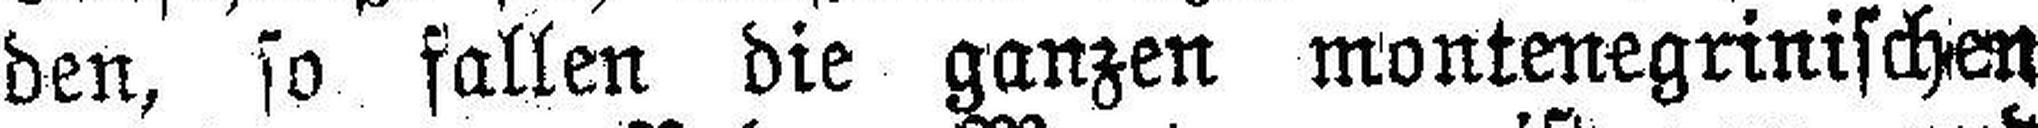
den, so fallen die ganzen montenegrinischen